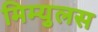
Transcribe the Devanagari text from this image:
मिम्युलस